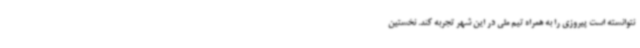
نتوانسته است پیروزی را به همراه تیم ملی در این شهر تجربه کند. نخستین